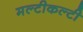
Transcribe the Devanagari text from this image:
मल्टीकल्टी